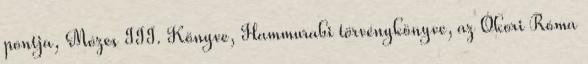
pontja, Mózes III. Könyve, Hammurabi törvénykönyve, az Ókori Róma